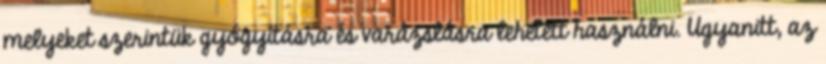
melyeket szerintük gyógyításra és varázslásra lehetett használni. Ugyanitt, az